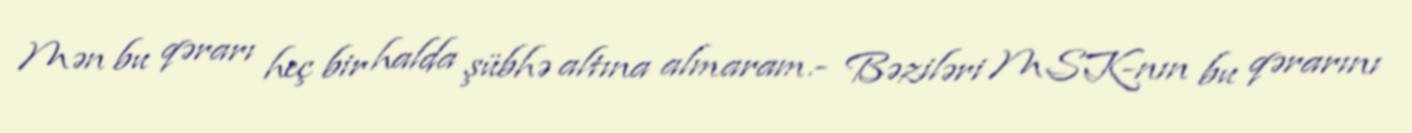
Mən bu qərarı heç bir halda şübhə altına almaram.- Bəziləri MSK-nın bu qərarını